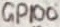
Text: GPIO0